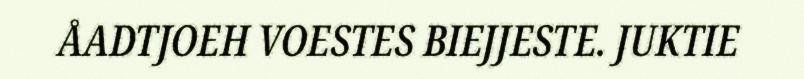
ÅADTJOEH VOESTES BIEJJESTE. JUKTIE